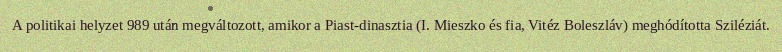
A politikai helyzet 989 után megváltozott, amikor a Piast-dinasztia (I. Mieszko és fia, Vitéz Boleszláv) meghódította Sziléziát.